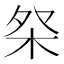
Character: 𣐦